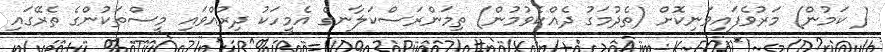
( ކަމުން) މަރުވެފައިވަނިކޮށް (ތެދުމަގު ދެއްކެވުމުން) ތިމަންރަސްކަލާނގެ އެމީހަކު ދިރުއްވައި މީސްތަކުންގެ ތެރޭގައި